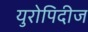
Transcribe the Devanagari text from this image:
युरोपिदीज